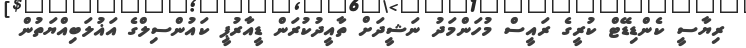
ރިޔާސީ ކެންޑިޑޭޓް ކުރީގެ ރައީސް މުހަންމަދު ނަޝީދަށް ތާއީދުކުރަން ޑީއާރުޕީ ކައުންސިލްގެ އަޣުލަބިއްޔަތުން